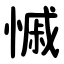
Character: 慽